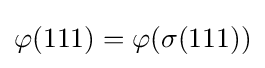
\varphi (111)=\varphi (\sigma (111))